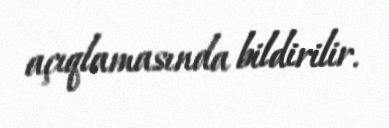
açıqlamasında bildirilir.